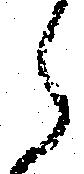
ら